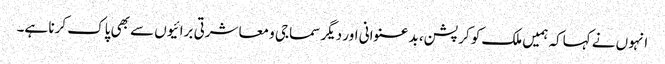
انہوں نے کہاکہ ہمیں ملک کو کرپشن، بد عنوانی اور دیگر سماجی و معاشرتی برائیوں سے بھی پاک کرنا ہے۔